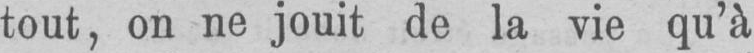
tout, on ne jouit de la vie qu’à